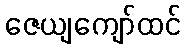
ဇေယျကျော်ထင်